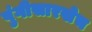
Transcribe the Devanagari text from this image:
पुंगीसारखेच